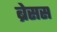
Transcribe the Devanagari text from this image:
ब्रेसस